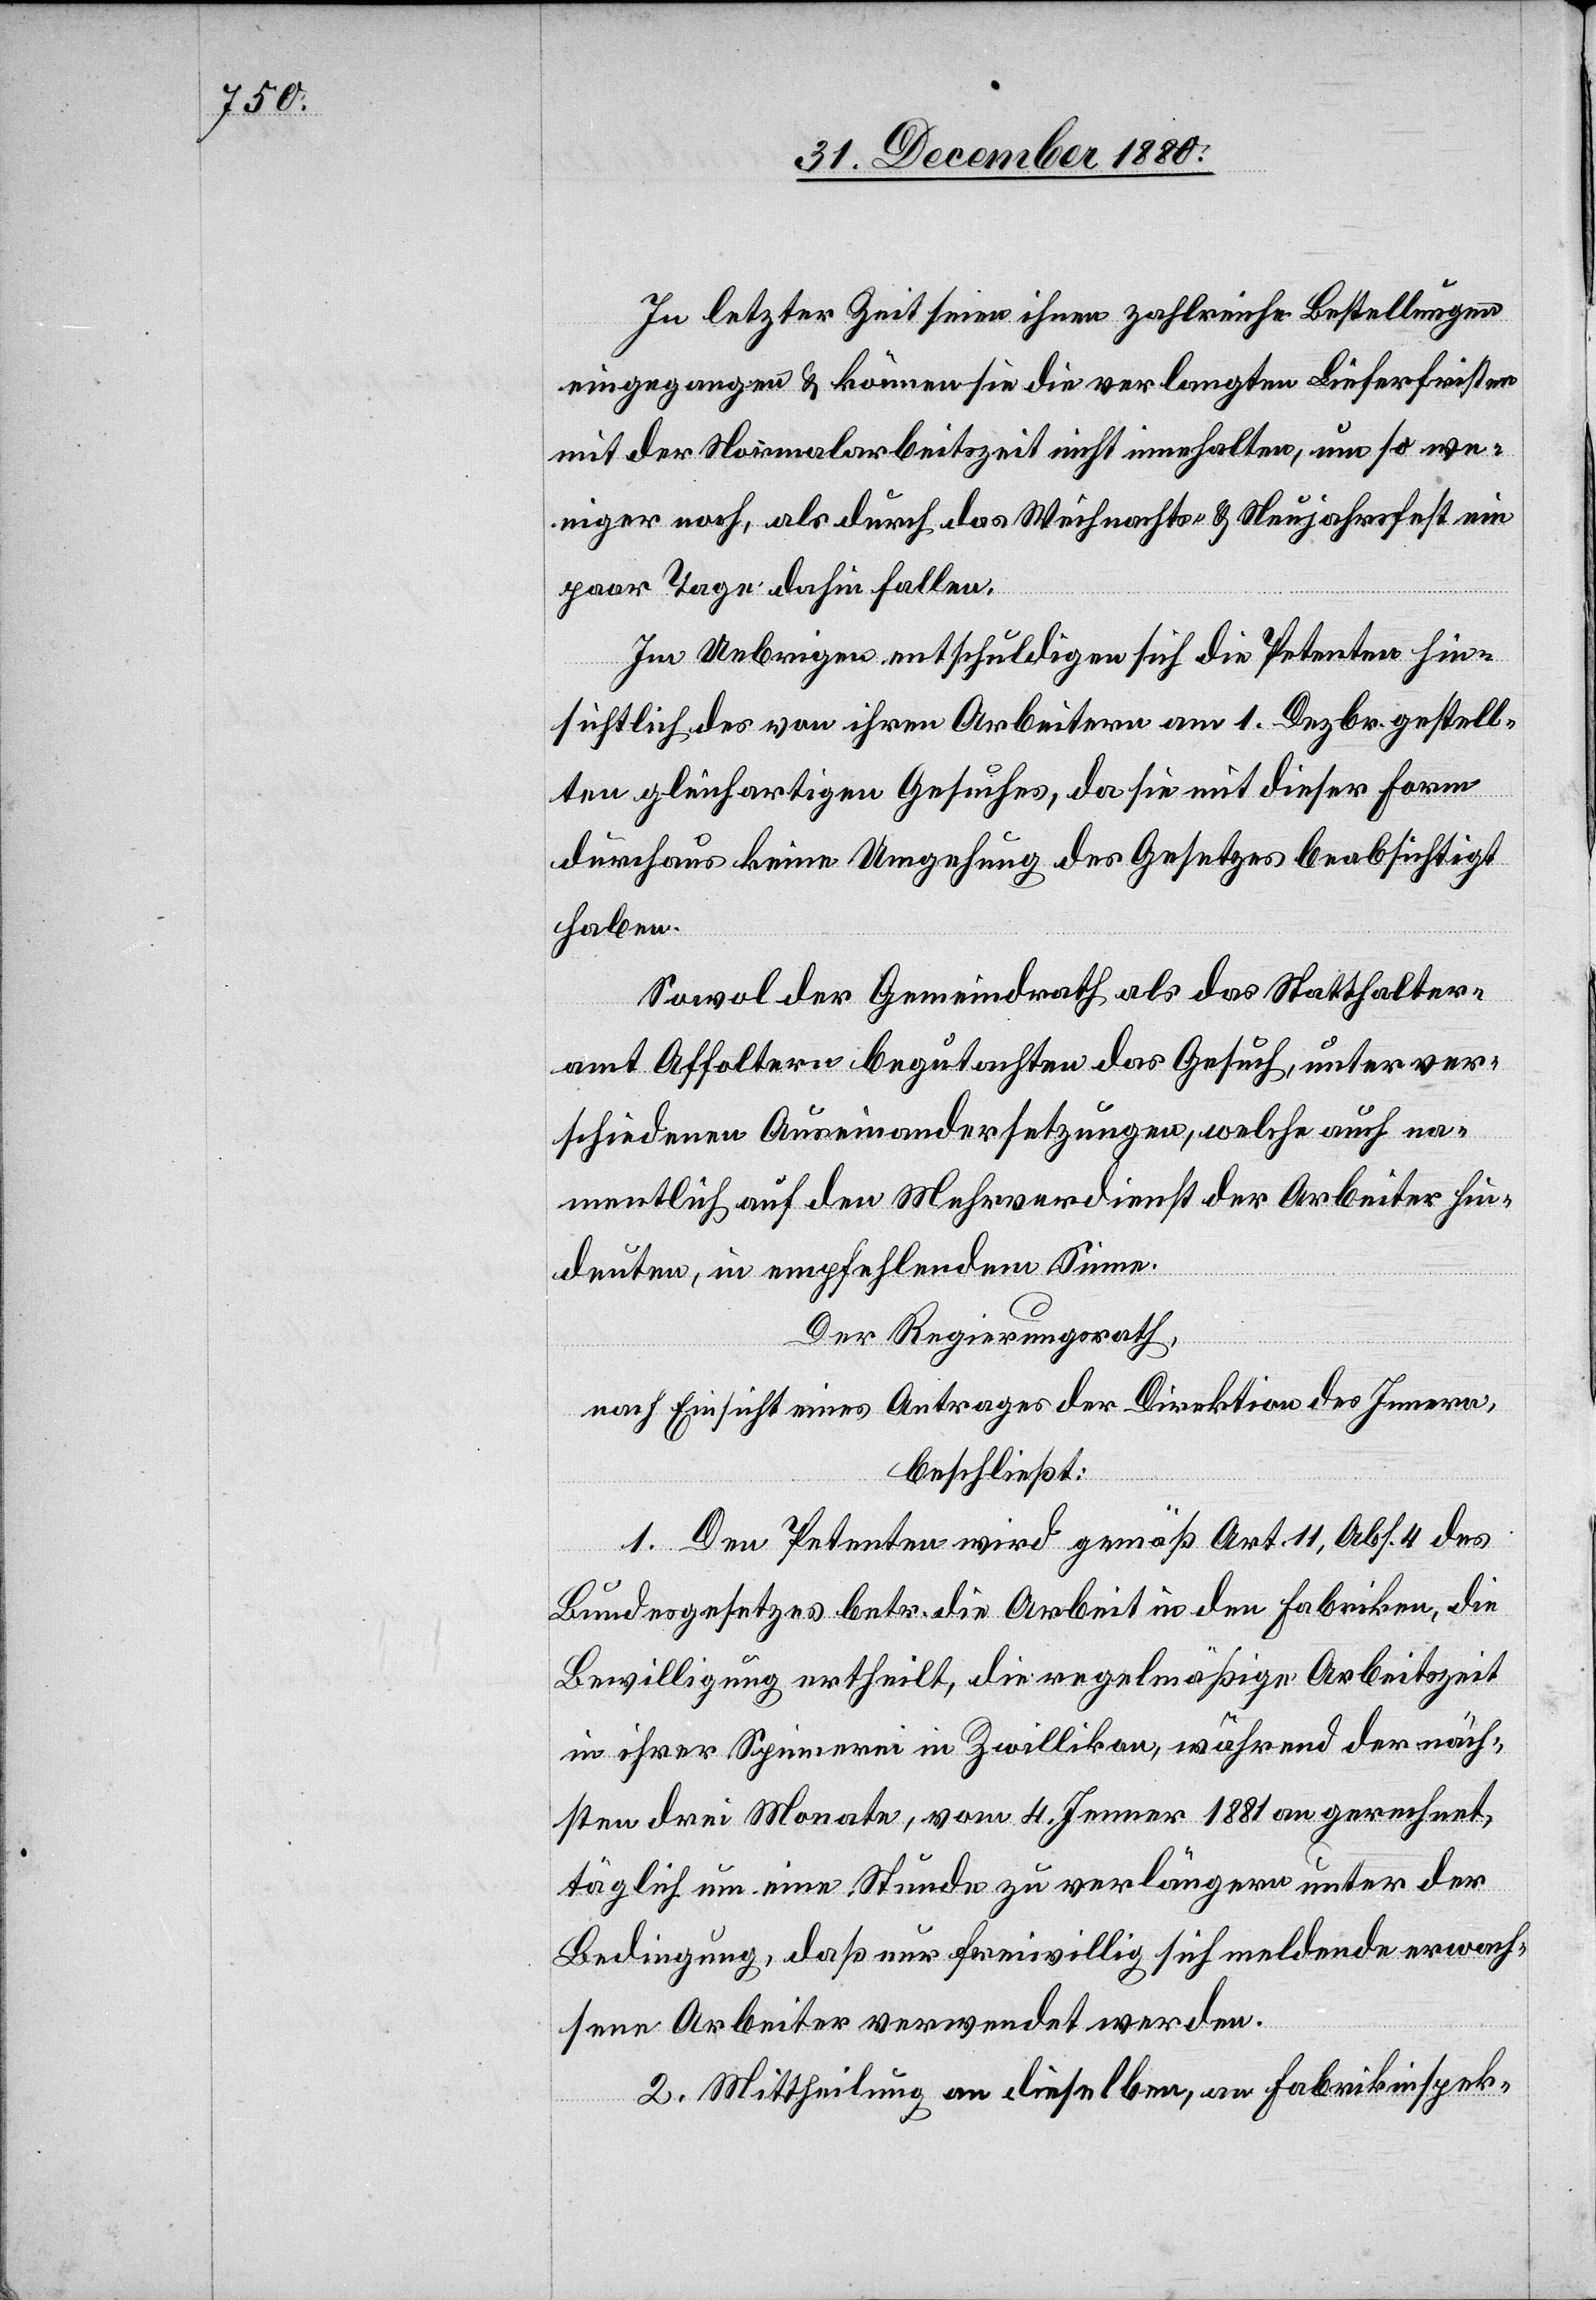
In letzter Zeit seien ihnen zahlreiche Bestellungen
eingegangen & können sie die verlangten Lieferfristen
mit der Normalarbeitszeit nicht innehalten, um so we¬
niger noch als durch das Weihnachts- & Neujahrsfest ein
paar Tage dahin fallen.
Im Uebrigen entschuldigen sich die Petenten hin¬
sichtlich des von ihren Arbeitern am 1. Dezbr. gestell¬
ten gleichartigen Gesuches, da sie mit dieser Form
durchaus keine Umgehung des Gesetzes beabsichtigt
haben.
Sowol der Gemeindrath als das Statthalter¬
amt Affoltern begutachten das Gesuch unter ver¬
schiedenen Auseinandersetzungen, welche auch na¬
mentlich auf den Mehrverdienst der Arbeiter d¬
euten, in empfehlendem Sinne.
Der Regierungsrath,
nach Einsicht eines Antrages der Direktion des Innern,
beschließt:
1. Den Petenten wird gemäß Art. 11, Abs. 4 des
Bundesgesetzes betr. die Arbeit in den Fabriken, die
Bewilligung ertheilt, die regelmäßige Arbeitszeit
in ihrer Spinnerei in Zwillikon, während der näch¬
sten drei Monate, vom 4. Jenner 1881 an gerechnet,
täglich um eine Stunde zu verlängern unter der
Bedingung, daß nur freiwillig sich meldende erwach¬
sene Arbeiter verwendet werden.
2. Mittheilung an dieselben, an Fabrikinspek-